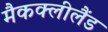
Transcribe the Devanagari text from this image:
मैकक्लीलैंड